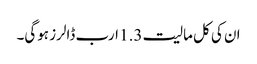
ان کی کل مالیت 1.3 ارب ڈالرز ہوگی۔